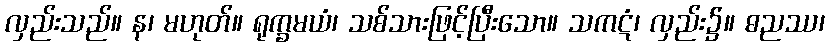
လှည်းသည်။ န၊ မဟုတ်။ ရုက္ခမယံ၊ သစ်သားဖြင့်ပြီးသော။ သကဋံ၊ လှည်း၌။ ဓညဿ၊